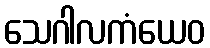
သေဂါလကံယေဝ